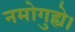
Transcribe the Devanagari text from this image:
नमोगुह्ये।